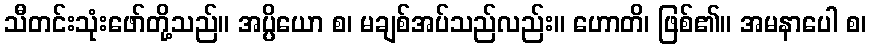
သီတင်းသုံးဖော်တို့သည်။ အပ္ပိယော စ၊ မချစ်အပ်သည်လည်း။ ဟောတိ၊ ဖြစ်၏။ အမနာပေါ စ၊